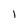
Character: 1